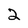
Character: 2